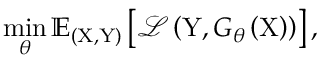
\operatorname* { m i n } _ { \theta } \mathbb { E } _ { ( \mathrm { X } , \mathrm { Y } ) } \left[ \mathcal { L } \left( \mathrm { Y } , G _ { \theta } \left( \mathrm { X } \right) \right) \right] ,